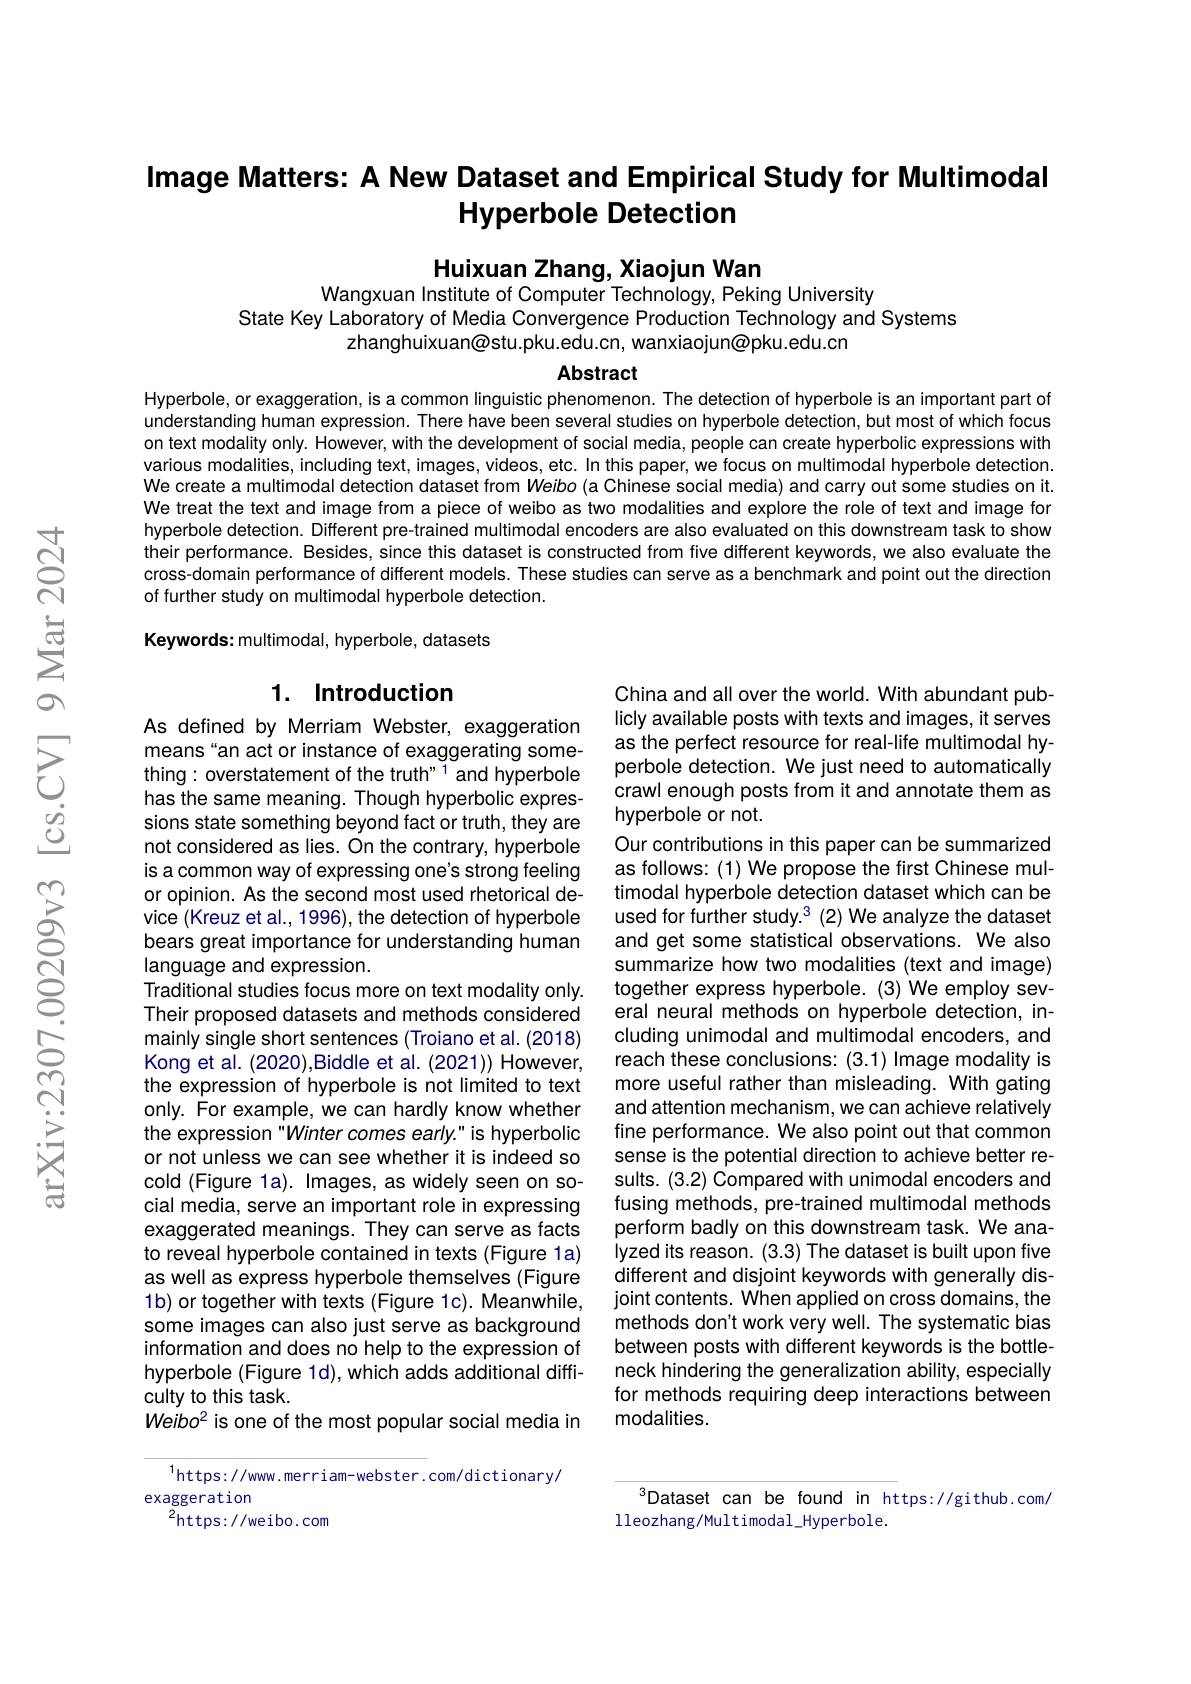
## Image Matters: A New Dataset and Empirical Study for Multimodal Hyperbole Detection

Huixuan Zhang, Xiaojun Wan
Wangxuan Institute of Computer Technology, Peking University

State Key Laboratory of Media Convergence Production Technology and Systems
zhanghuixuan@stu.pku.edu.cn, wanxiaojun@pku.edu.cn

Abstract

Hyperbole, or exaggeration, is a common linguistic phenomenon. The detection of hyperbole is an important part of understanding human expression. There have been several studies on hyperbole detection, but most of which focus on text modality only. However, with the development of social media, people can create hyperbolic expressions with various modalities, including text, images, videos, etc. In this paper, we focus on multimodal hyperbole detection. We create a multimodal detection dataset from $Weibo($a Chinese social media) and carry out some studies on it. We treat the text and image from a piece of weibo as two modalities and explore the role of text and image for hyperbole detection. Different pre-trained multimodal encoders are also evaluated on this downstream task to show their performance. Besides, since this dataset is constructed from five different keywords, we also evaluate the cross-domain performance of different models. These studies can serve as a benchmark and point out the direction of further study on multimodal hyperbole detection.

Keywords: multimodal, hyperbole, datasets

## 1. Introduction

China and all over the world. With abundant publicly available posts with texts and images, it serves as the perfect resource for real-life multimodal hyperbole detection. We just need to automatically crawl enough posts from it and annotate them as hyperbole or not.
Our contributions in this paper can be summarized as follows: (1) We propose the first Chinese multimodal hyperbole detection dataset which can be used for further study.$^3(2)$ We analyze the dataset and get some statistical observations. We also summarize how two modalities (text and image) together express hyperbole. (3) We employ several neural methods on hyperbole detection, including unimodal and multimodal encoders, and reach these conclusions: (3.1) Image modality is more useful rather than misleading. With gating and attention mechanism, we can achieve relatively fine performance. We also point out that common sense is the potential direction to achieve better results. (3.2) Compared with unimodal encoders and fusing methods, pre-trained multimodal methods perform badly on this downstream task. We analyzed its reason. (3.3) The dataset is built upon five different and disjoint keywords with generally disjoint contents. When applied on cross domains, the methods don't work very well. The systematic bias between posts with different keywords is the bottleneck hindering the generalization ability, especially for methods requiring deep interactions between modalities.

As defined by Merriam Webster, exaggeration means "an act or instance of exaggerating something: overstatement of the truth" 1 and hyperbole has the same meaning. Though hyperbolic expressions state something beyond fact or truth, they are not considered as lies. On the contrary, hyperbole is a common way of expressing one's strong feeling or opinion. As the second most used rhetorical device (Kreuz et al., 1996), the detection of hyperbole bears great importance for understanding human language and expression.
Traditional studies focus more on text modality only. Their proposed datasets and methods considered mainly single short sentences (Troiano et al. (2018) Kong et al. (2020), Biddle et al. (2021)) However, the expression of hyperbole is not limited to text only. For example, we can hardly know whether the expression "Winter comes early." is hyperbolic or not unless we can see whether it is indeed so cold (Figure 1a). Images, as widely seen on social media, serve an important role in expressing exaggerated meanings. They can serve as facts to reveal hyperbole contained in texts (Figure 1a) as well as express hyperbole themselves (Figure 1b) or together with texts (Figure 1c). Meanwhile, some images can also just serve as background information and does no help to the expression of hyperbole (Figure 1d), which adds additional difficulty to this task.
$Weibo^2 is one of the most popular social media in$

$^{1}$https://www.merriam-webster.com/dictionary/
exaggeration
$^{2}$https://weibo.com

$^{3}$Dataset can be found in https://github.com/
lleozhang/Multimodal_Hyperbole.